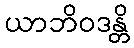
ယာဘိဝဒန္တိ